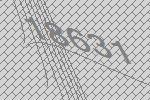
18631